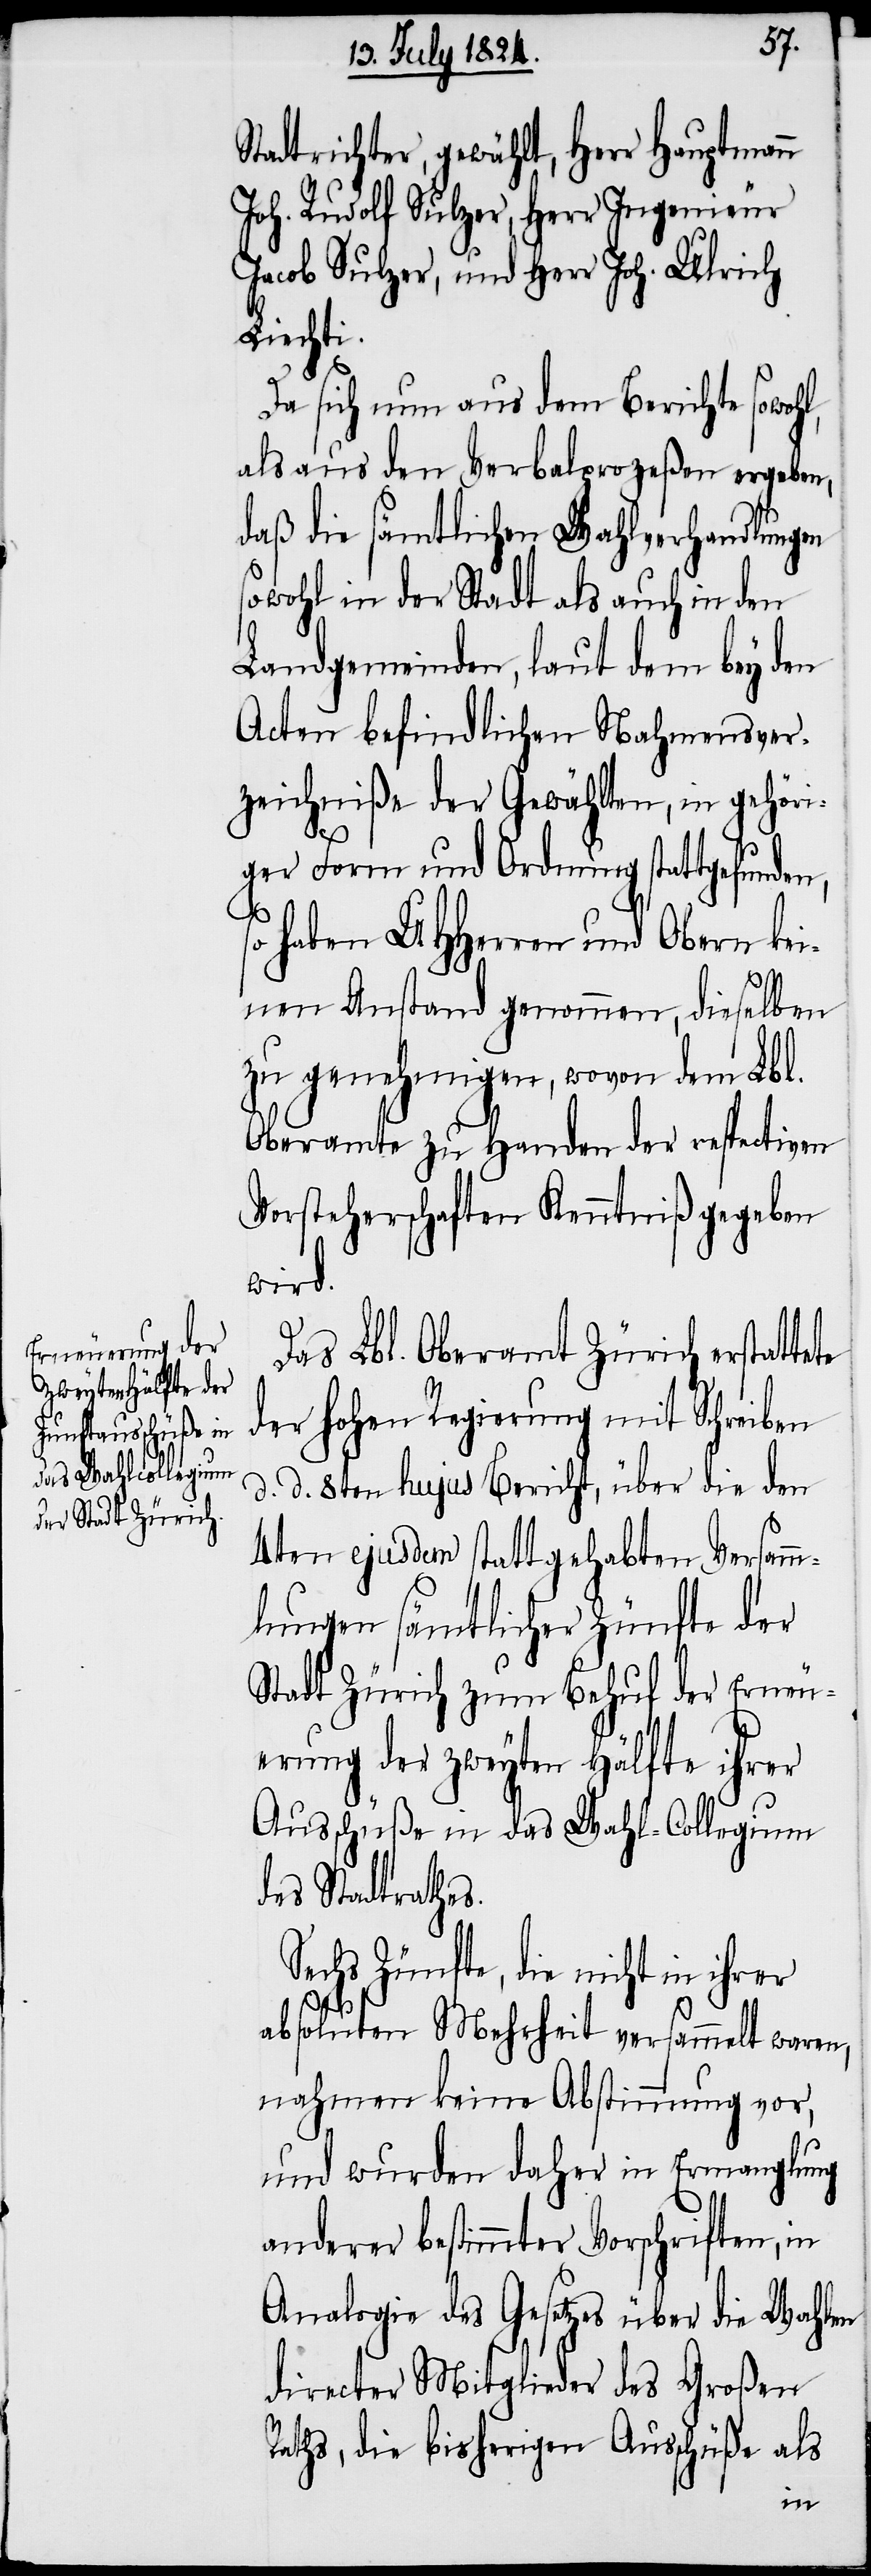
Stadtrichter, gewählt, Herr Hauptmann
Joh. Rudolf Sulzer, Herr Ingenieur
Jacob Sulzer, und Herr Joh. Ulrich
Liechti.
Da sich nun aus dem Berichte sowohl,
als aus den Verbalproceßen ergeben,
daß die sämtlichen Wahlverhandlungen
sowohl in der Stadt als auch in den
Landgemeinden, laut dem bey den
Acten befindlichen Nahmensver¬
zeichniße der Gewählten, in gehöri¬
ger Form und Ordnung stattgefunden,
so haben UHHerren und Obern kei¬
nen Anstand genommen, dieselben
zu genehmigen, wovon dem Lbl.
Oberamte zu Handen der respectiven
Vorsteherschaften Kenntniß gegeben
wird.
Das Lbl. Oberamt Zürich erstatte¬
der hohen Regierung mit Schreiben
d. d. 8ten hujus Bericht, über die den
4ten ejusdem statt gehabten Versamm¬
lungen sämtlicher Zünfte der
Stadt Zürich zum Behuf der Erneu¬
erung der zweyten Hälfte ihrer
Ausschüße in das Wahl-Collegium
des Stadtrathes.
Sechs Zünfte, die nicht in ihrer
absoluten Mehrheit versammelt waren,
nahmen keine Abstimmung vor,
und wurden daher in Ermanglung
anderer bestimmter Vorschriften, in
Analogie des Gesetzes über die Wahlen
directer Mitglieder des Großen
Raths, die bisherigen Ausschüße als
te